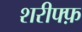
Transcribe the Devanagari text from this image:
शरीफ्फ़